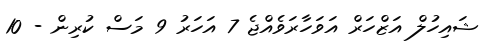
ޝައިހުލް އަޒްހަރް އަވަހާރަވެއްޖެ 7 އަހަރު 9 މަސް ކުރިން - 10